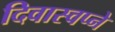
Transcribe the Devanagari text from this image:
दिवास्वप्ने